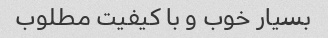
بسیار خوب و با کیفیت مطلوب